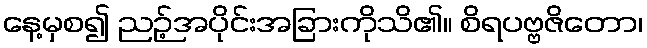
နေ့မှစ၍ ညဉ့်အပိုင်းအခြားကိုသိ၏။ စိရပဗ္ဗဇိတော၊